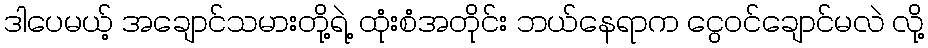
ဒါပေမယ့် အချောင်သမားတို့ရဲ့ ထုံးစံအတိုင်း ဘယ်နေရာက ငွေဝင်ချောင်မလဲ လို့